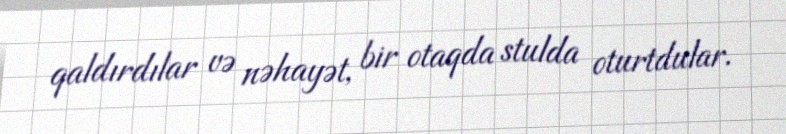
qaldırdılar və nəhayət, bir otaqda stulda oturtdular.